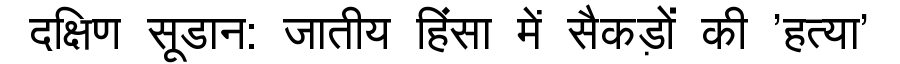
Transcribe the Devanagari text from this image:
दक्षिण सूडान: जातीय हिंसा में सैकड़ों की 'हत्या'